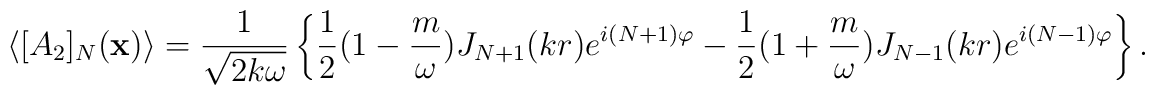
\langle[A_2]_N({\bf x})\rangle =\frac{1}{\sqrt{2k\omega}}\left\{\frac{1}{2}(1 -\frac{m}{\omega})J_{N+1}(kr)e^{i(N+1)\varphi} - \frac{1}{2}(1 +\frac{m}{\omega})J_{N-1}(kr)e^{i(N-1)\varphi}\right\}.